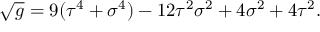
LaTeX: \sqrt { g } = 9 ( \tau ^ { 4 } + \sigma ^ { 4 } ) - 1 2 \tau ^ { 2 } \sigma ^ { 2 } + 4 \sigma ^ { 2 } + 4 \tau ^ { 2 } .